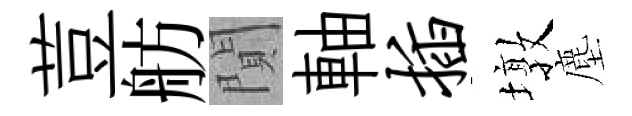
荳舫閴軸插墩塵